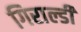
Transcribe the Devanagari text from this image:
गिराल्डी